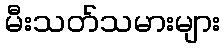
မီးသတ်သမားများ